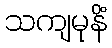
သကျမုနိံ